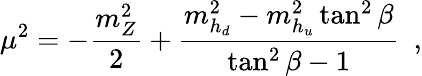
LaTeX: \mu^{2}=-\frac{m_{Z}^{2}}{2}+\frac{m_{h_{d}}^{2}-m_{h_{u}}^{2}\tan^{2}{\beta}}{\tan^{2}{\beta}-1}\ \ ,